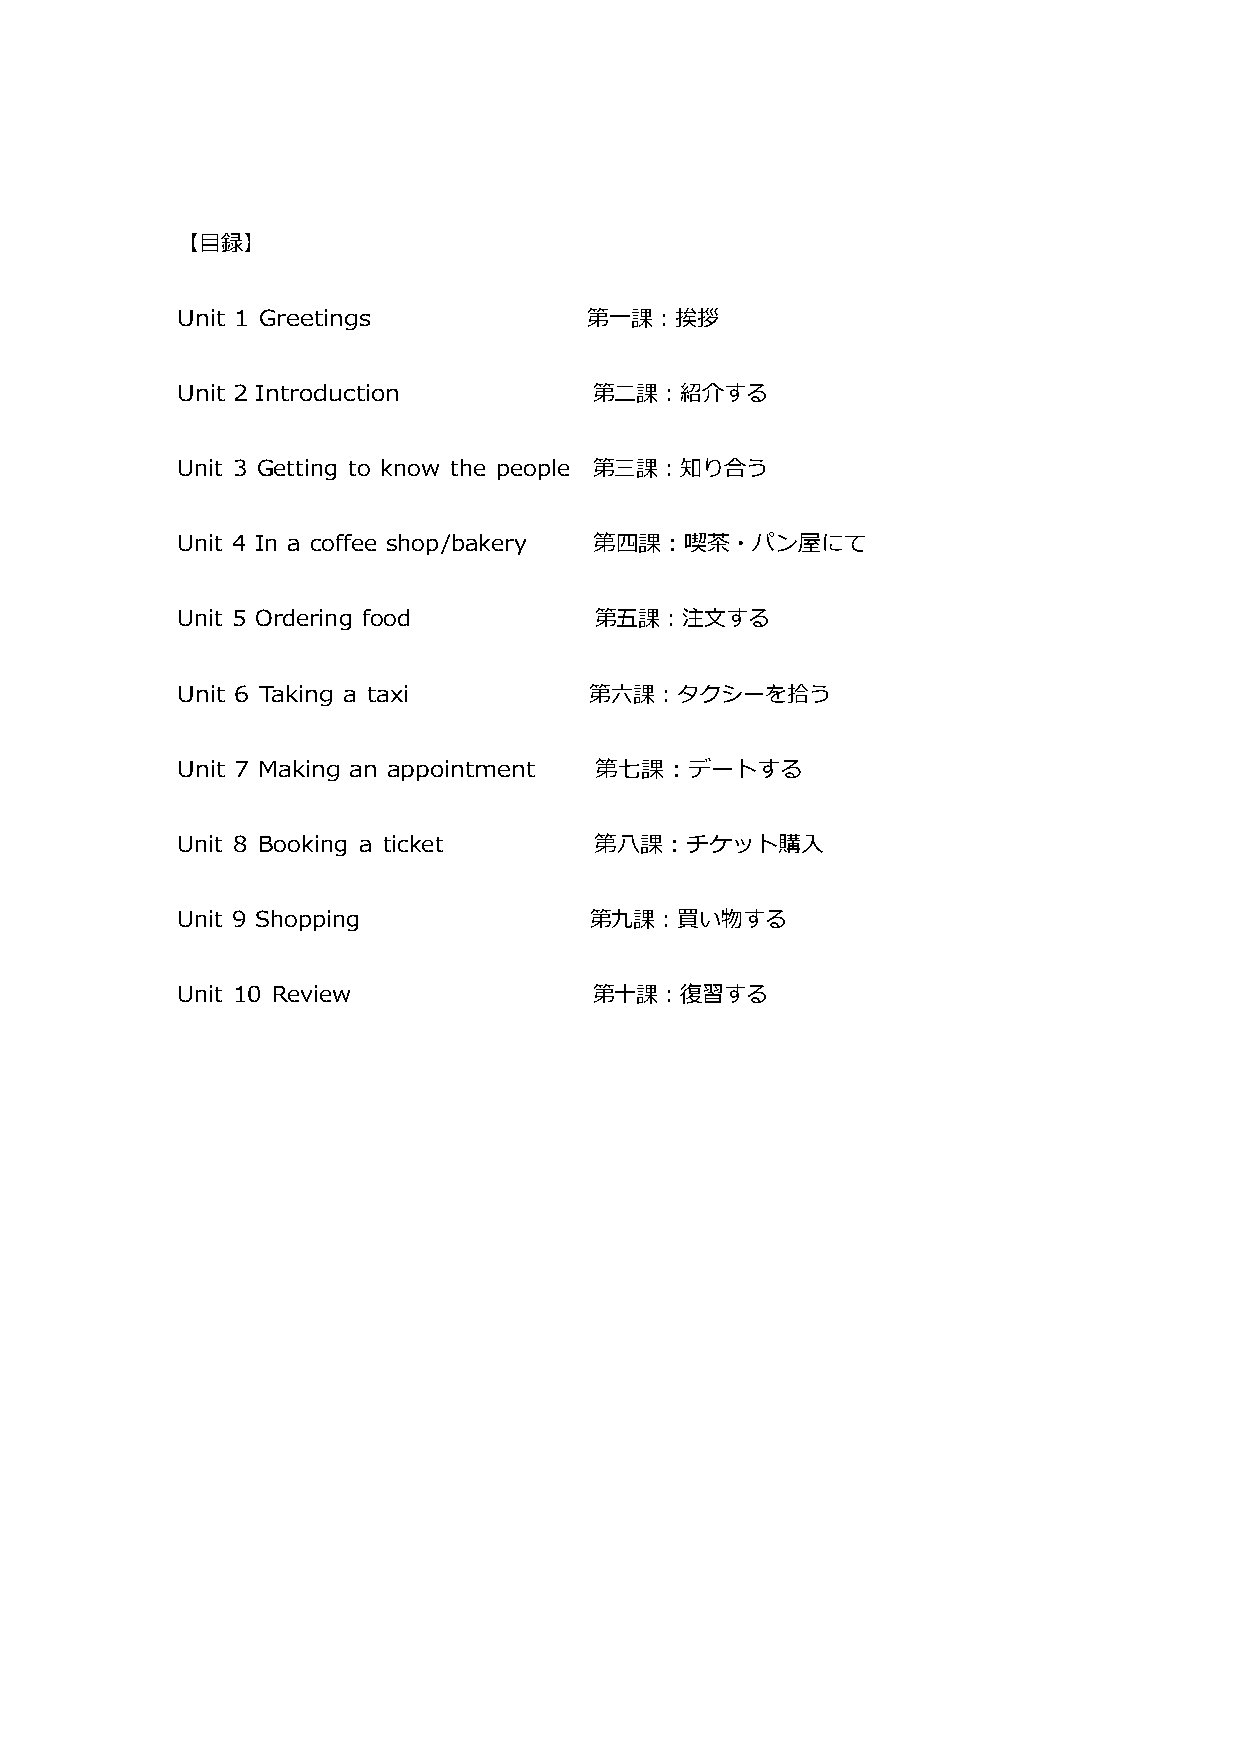
【目録】
 Unit 1 Greetings           第一課：挨拶
 Unit 2 Introduction        第二課：紹介する
 Unit 3 Getting to know the people 第三課：知り合う
 Unit 4 In a coffee shop/bakery 第四課：喫茶・パン屋にて
 Unit 5 Ordering food       第五課：注文する
 Unit 6 Taking a taxi       第六課：タクシーを拾う
 Unit 7 Making an appointment 第七課：デートする
 Unit 8 Booking a ticket    第八課：チケット購入
 Unit 9 Shopping            第九課：買い物する
 Unit 10 Review             第十課：復習する